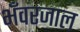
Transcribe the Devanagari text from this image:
भँवरजाल